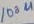
Text: 100u